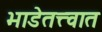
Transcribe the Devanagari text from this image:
भाडेतत्त्वात